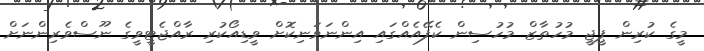
މީގެ ކުރިން ޕީޖީ މުހުތާޒް މުހުސިން ކެފޭއެއްގައި އިންނަވަނިކޮށް ވީޑިއޯކުރި ރާއްޖެޓީވީގެ ނޫސްވެރިންނަށް